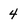
Character: 4